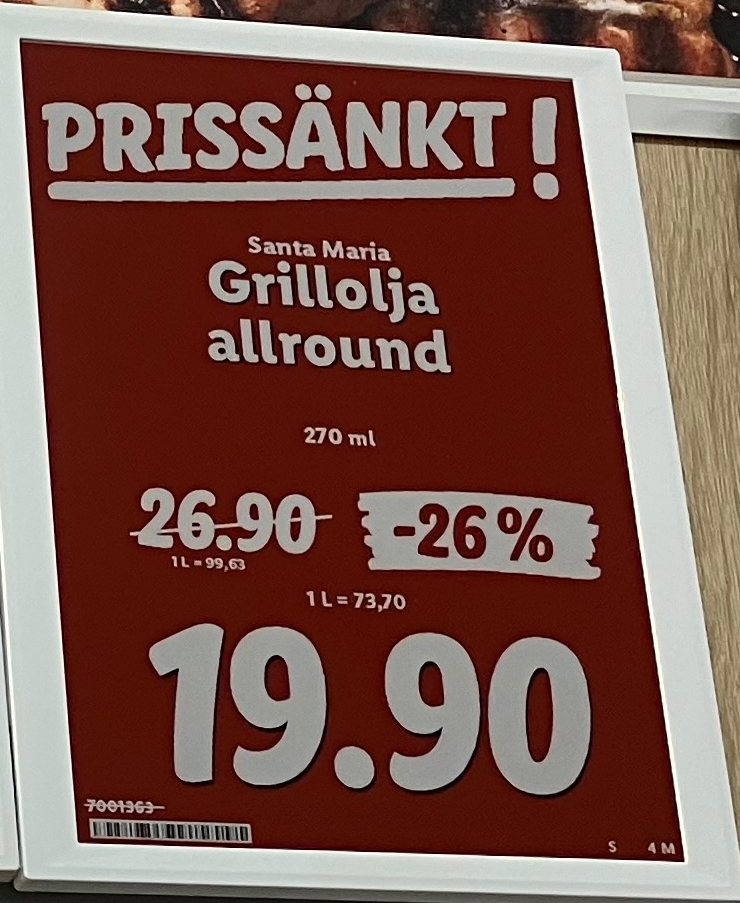
Vara: Grillolja allround
Genomsnittspris: 73.7 per L